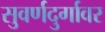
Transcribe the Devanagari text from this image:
सुवर्णदुर्गावर